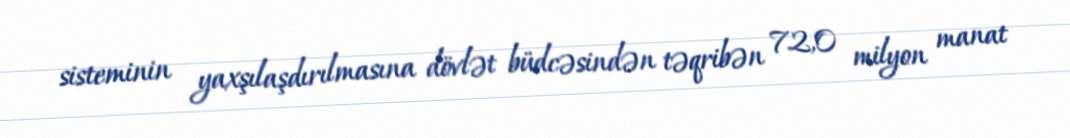
sisteminin yaxşılaşdırılmasına dövlət büdcəsindən təqribən 72,0 milyon manat